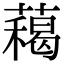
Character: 藒